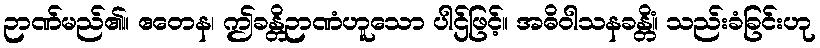
ဉာဏ်မည်၏။ ဧတေန၊ ဤခန္တိဉာဏံဟူသော ပါဌ်ဖြင့်။ အဓိဝါသနခန္တိံ။ သည်းခံခြင်းဟု